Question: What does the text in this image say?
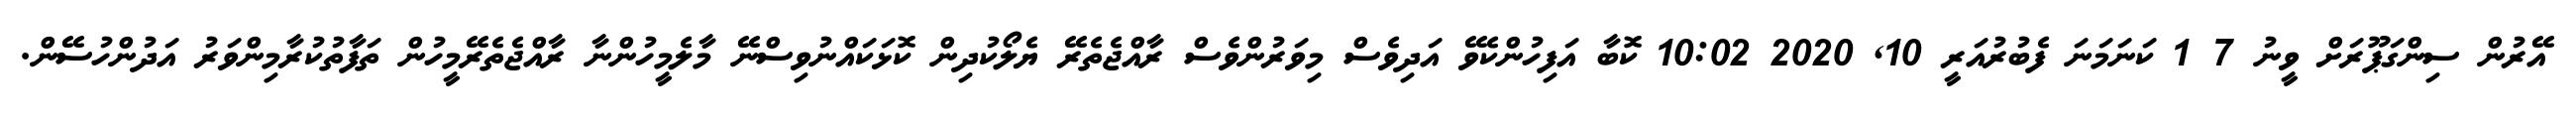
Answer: އޭރުން ސިންގަޕޫރަށް ވީނު 7 1 ކަނަމަނަ ފެބުރުއަރީ 10, 2020 10:02 ކޮބާ އަފިހުންކެވޭ އަދިވެސް މިވަރުންވެސް ރާއްޖެތެރޭ ޔެލޯކުދިން ކޮޅަކައްނުވިސްނޭ މާލެމީހުންނާ ރާއްޖެތެރޭމީހުން ތަފާތުކުރާމިންވަރު އަދުންހުސޭން.